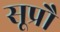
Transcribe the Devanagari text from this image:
सूप्रौ